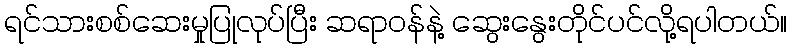
ရင်သားစစ်ဆေးမှုပြုလုပ်ပြီး ဆရာဝန်နဲ့ ဆွေးနွေးတိုင်ပင်လို့ရပါတယ်။